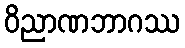
ဝိညာဏဘာဂဿ